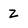
Character: z